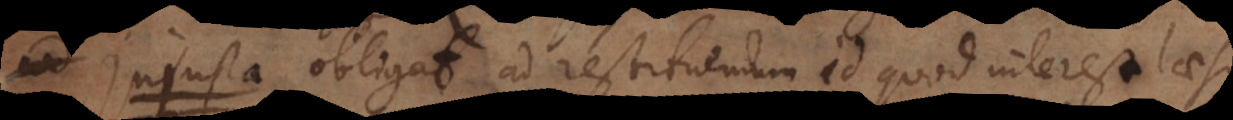
I obligat ad restituendum id quod interest laes